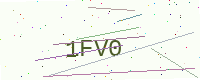
Text: 1FV0